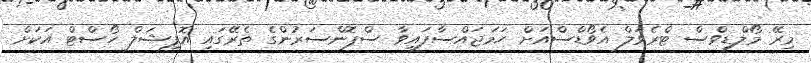
މިރޭ މޯލްޑިވްސް ޓްރެވަލް އެވޯޑްސްއަށް ހަމަޖައްސާފައިވާ ސްޕޮންސަރުންގެ ތެރޭގައި އޮފިޝަލް ހޯސްޓް އަކަށް